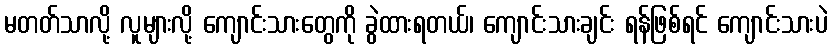
မတတ်သာလို့ လူများလို့ ကျောင်းသားတွေကို ခွဲထားရတယ်၊ ကျောင်းသားချင်း ရန်ဖြစ်ရင် ကျောင်းသားပဲ